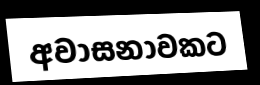
අවාසනාවකට